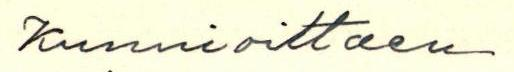
Kunnioittaen